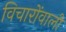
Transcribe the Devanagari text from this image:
विचारोंवाली